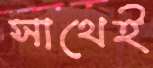
সাথেই